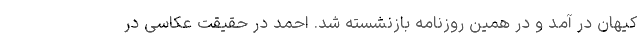
کیهان در آمد و در همین روزنامه بازنشسته شد. احمد در حقیقت عکاسی در